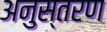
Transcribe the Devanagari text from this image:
अनुस्तरण